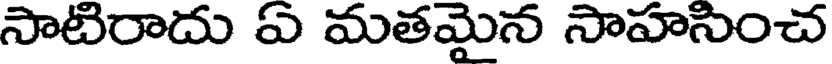
సాటిరాదు ఏ మతమైన సాహసించ